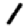
Digit: 1